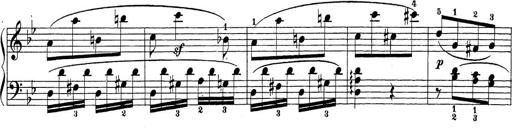
Title: Sonatina Album
Composer: Louis KÃ¶hler